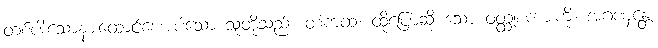
တစ်ပါးသောနားထောင်စေအပ်သော သူတို့သည်။ တံကထံ၊ ထိုပြောဆို သော ဝတ္ထုစကားကို။ အဂဏှန္တေ၊